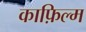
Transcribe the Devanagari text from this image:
काफ़िल्म